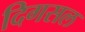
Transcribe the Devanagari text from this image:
दिगसल